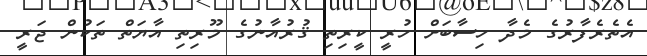
އެތެރެފާރުގެ މެދާ ހިސާބަށް ހުރީ ކީރިތި ޤުރުއާނުގެ މޫރިތި އާޔަތް ތަކުން ޖަރީ